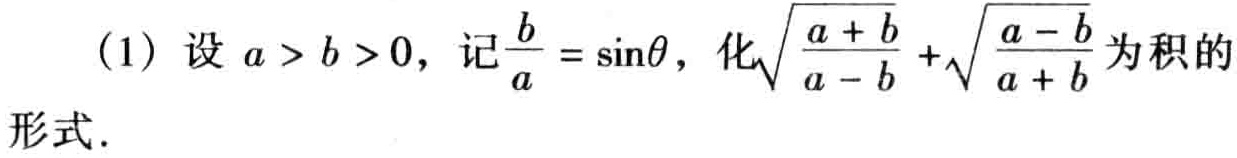
(1) 设 \(a > b > 0\)，记\(\frac{b}{a}=\sin\theta\)，化\(\sqrt{\frac{a + b}{a - b}}+\sqrt{\frac{a - b}{a + b}}\)为积的形式.